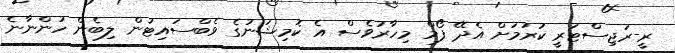
ރީ-ރަޖިސްޓަރީ ކުރުމަށް އެދޭ ފޯމް މިހާރުވެސް އެ ކޮމިޝަނުގެ ވެބްސައިޓުން ލިބެން ހުންނާނެ